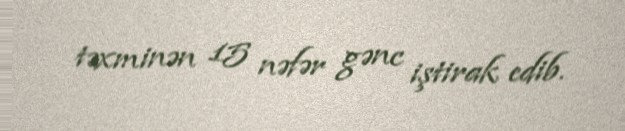
təxminən 15 nəfər gənc iştirak edib.